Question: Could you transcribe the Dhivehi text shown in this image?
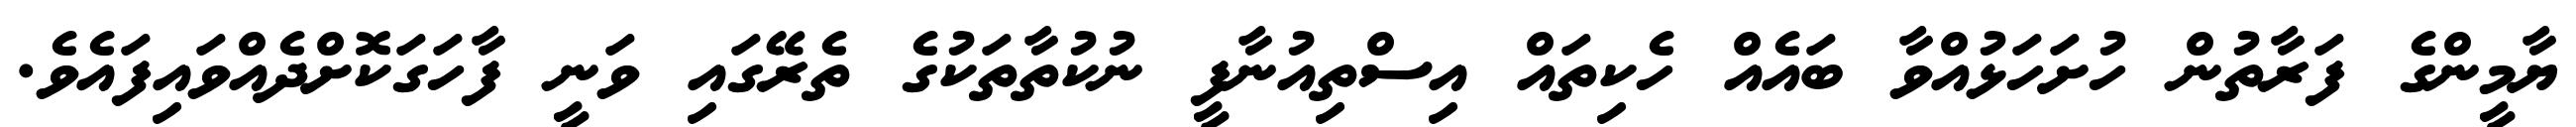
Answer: ޔާމީންގެ ފަރާތުން ހުށަހަޅުއްވާ ބައެއް ހެކިތައް އިސްތިއުނާފީ ނުކުތާތަކުގެ ތެރޭގައި ވަނީ ފާހަގަކޮށްދެއްވައިފައެވެ.